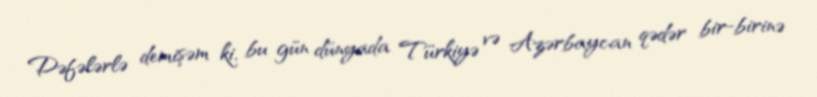
Dəfələrlə demişəm ki, bu gün dünyada Türkiyə və Azərbaycan qədər bir-birinə